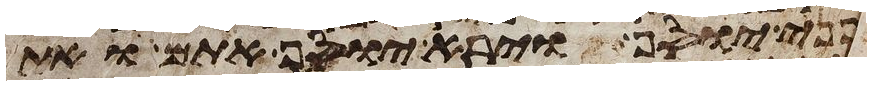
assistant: לפני יוסף וירא יוסף אתם ואת